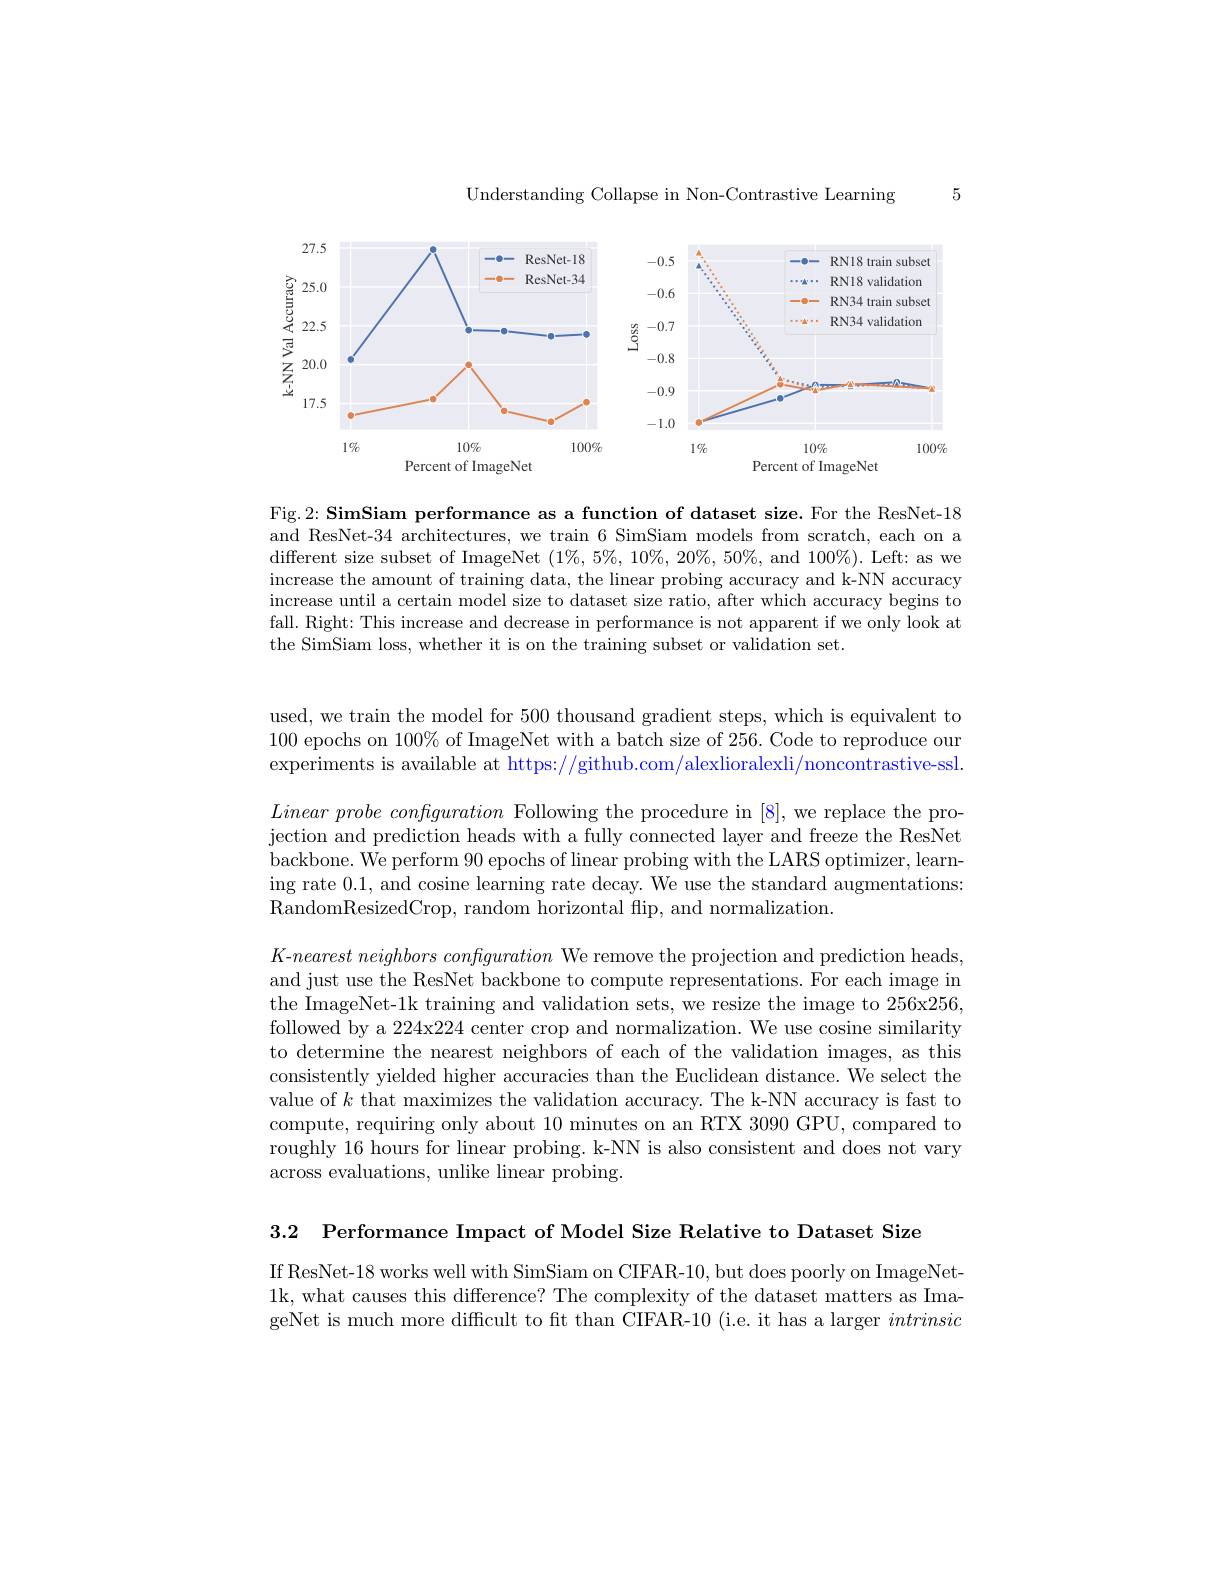
Understanding Collapse in Non-Contrastive Learning

5

<FigureHere>

Fig.2: SimSiam performance as a function of dataset size. For the ResNet-18 and ResNet-34 architectures, we train 6 SimSiam models from scratch, each on a different size subset of ImageNet $(1\%,5\%,10\%,20\%,50\%$,and $100\%).$ Left: as we increase the amount of training data, the linear probing accuracy and k-NN accuracy increase until a certain model size to dataset size ratio, after which accuracy begins to fall. Right: This increase and decrease in performance is not apparent if we only look at the SimSiam loss, whether it is on the training subset or validation set.

used, we train the model for 500 thousand gradient steps, which is equivalent to 100 epochs on $100\%$ of ImageNet with a batch size of 256. Code to reproduce our experiments is available at https://github.com/alexlioralexli/noncontrastive-ssl.

$Linearprobe~configuration~$Following the procedure in [8], we replace the projection and prediction heads with a fully connected layer and freeze the ResNet backbone. We perform 90 epochs of linear probing with the LARS optimizer, learning rate 0.1, and cosine learning rate decay. We use the standard augmentations: RandomResizedCrop, random horizontal flip, and normalization.

$K$-$nearest\textit{ neighbors configuration We remove the projection and prediction heads, }$ and just use the ResNet backbone to compute representations. For each image in the ImageNet-1k training and validation sets, we resize the image to 256x256, followed by a 224x224 center crop and normalization. We use cosine similarity to determine the nearest neighbors of each of the validation images, as this consistently yielded higher accuracies than the Euclidean distance. We select the value of $k$ that maximizes the validation accuracy. The k-NN accuracy is fast to compute, requiring only about 10 minutes on an RTX 3090 GPU, compared to roughly 16 hours for linear probing. k-NN is also consistent and does not vary across evaluations, unlike linear probing.

3.2 Performance Impact of Model Size Relative to Dataset Size

If ResNet-18 works well with SimSiam on CIFAR-10, but does poorly on ImageNet- 1k, what causes this difference? The complexity of the dataset matters as ImageNet is much more difficult to ft than CIFAR-10 (i.e. it has a larger intrinsic